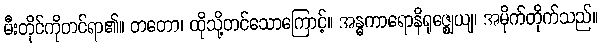
မီးတိုင်ကိုတင်ရာ၏။ တတော၊ ထိုသို့တင်သောကြောင့်။ အန္ဓကာရောနိရုဇ္ဈေယျ၊ အမိုက်တိုက်သည်။